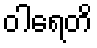
ဝါရေတိ